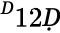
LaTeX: ^Ḋ12Ḍ